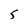
Character: 5